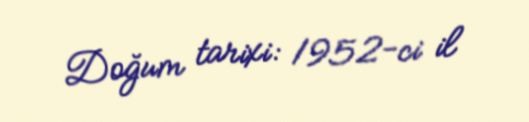
Doğum tarixi: 1952-ci il